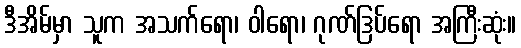
ဒီအိမ်မှာ သူက အသက်ရော၊ ဝါရော၊ ဂုဏ်ဒြပ်ရော အကြီးဆုံး။